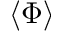
\langle \Phi \rangle